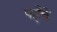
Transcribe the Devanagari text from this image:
पहँचे